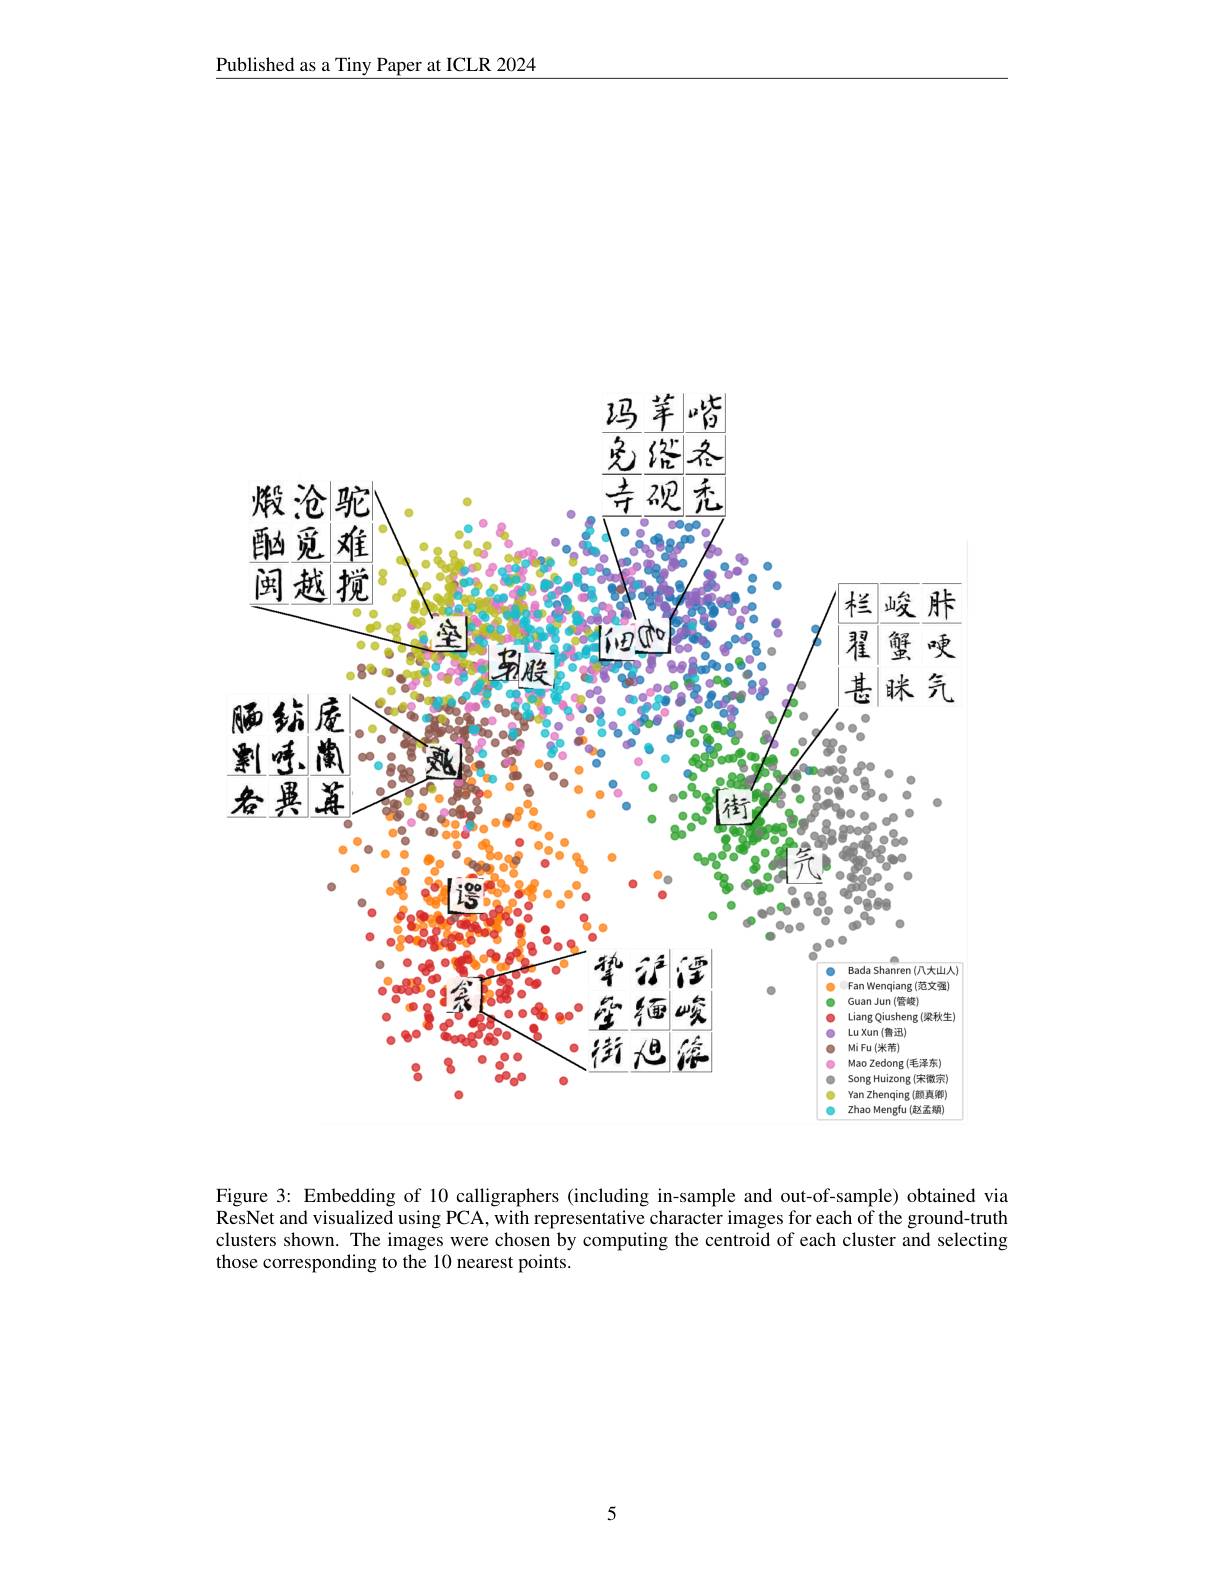
Published as a Tiny Paper at ICLR 2024

<FigureHere>

Figure 3: Embedding of 10 calligraphers (including in-sample and out-of-sample) obtained via $\tilde{\text{ResNet and visualized using PCA, with representative character images for each of the ground-truth}}$ clusters shown. The images were chosen by computing the centroid of each cluster and selecting those corresponding to the 10 nearest points.

5